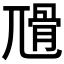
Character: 𡰅